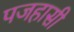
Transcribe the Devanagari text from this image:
पजहासी